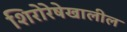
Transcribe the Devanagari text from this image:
शिरोरेषेखालील